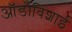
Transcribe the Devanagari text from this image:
ऑर्डोविशाई